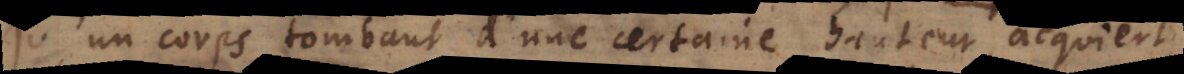
u’un corps tombant d’une certaine hauteur acquiert